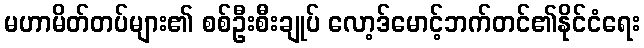
မဟာမိတ်တပ်များ၏ စစ်ဦးစီးချုပ် လော့ဒ်မောင့်ဘက်တင်၏နိုင်ငံရေး